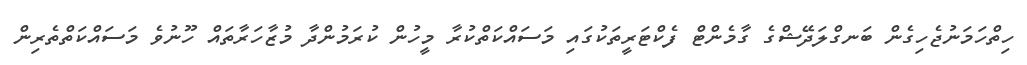
ހިތްހަމަނުޖެހިގެން ބަނގްލަދޭޝްގެ ގާމެންޓް ފެކްޓަރީތަކުގައި މަސައްކަތްކުރާ މީހުން ކުރަމުންދާ މުޒާހަރާތައް ހޫނުވެ މަސައްކަތްތެރިން